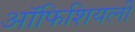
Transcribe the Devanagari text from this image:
ऑफिशियली